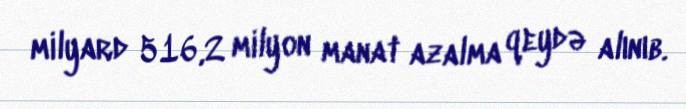
milyard 516,2 milyon manat azalma qeydə alınıb.